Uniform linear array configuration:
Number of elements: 16
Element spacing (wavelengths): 0.75
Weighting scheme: cosine
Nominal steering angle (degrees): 15
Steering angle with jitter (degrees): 16.183
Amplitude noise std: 0.05
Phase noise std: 0.05

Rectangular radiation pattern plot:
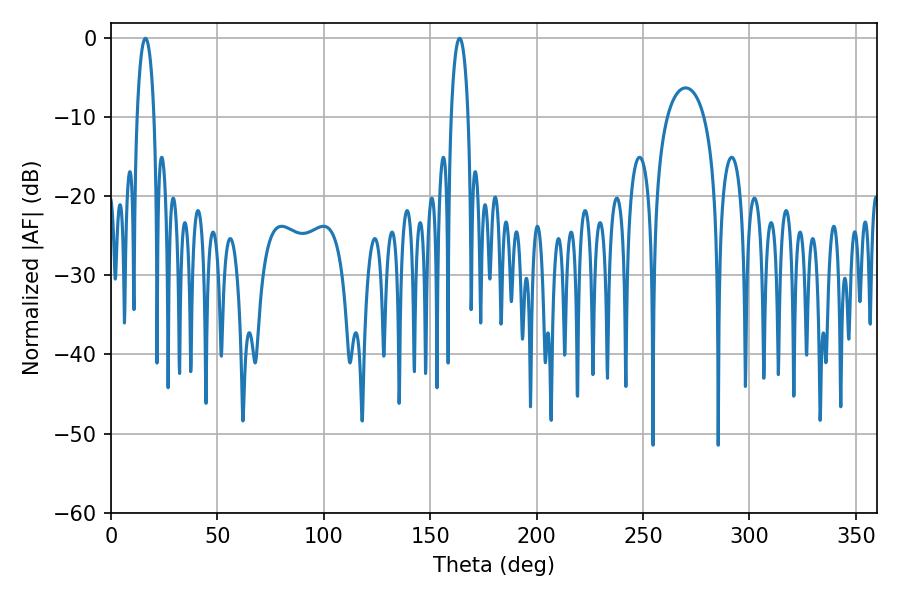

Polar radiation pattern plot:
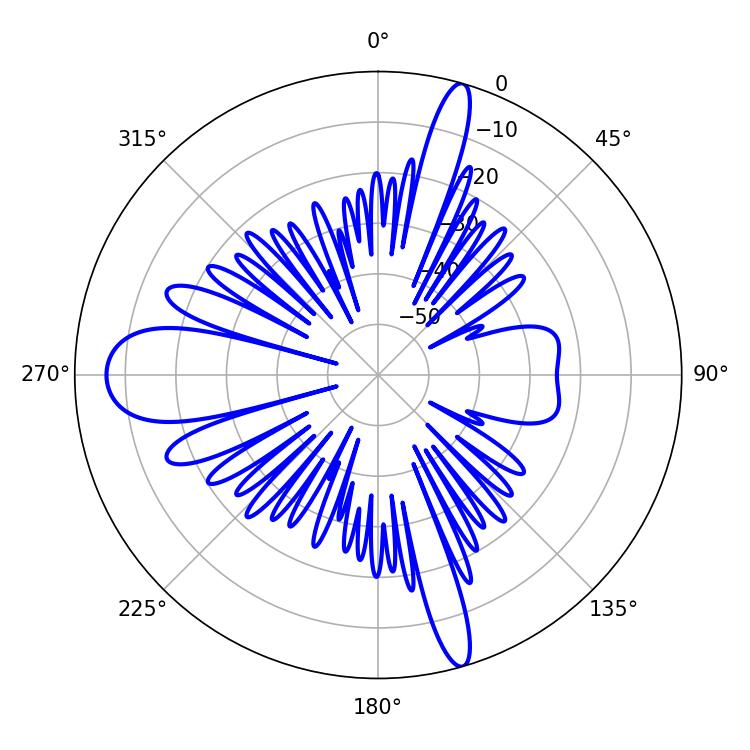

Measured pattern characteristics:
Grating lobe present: TRUE
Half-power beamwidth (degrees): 4.68
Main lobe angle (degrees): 16.2